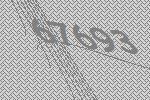
67693